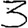
Digit: 3